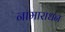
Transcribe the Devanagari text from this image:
नामाराधन